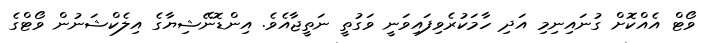
ވޯޓް އެއްކޮށް ގުނައިނިމި އަދި ހާމަކުރެވިފައިވަނީ ވަގުތީ ނަތީޖާއެވެ. އިންޑޮނޭޝިޔާގެ އިލެކްޝަނުން ވޯޓްގެ